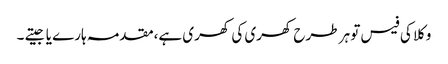
وکلا کی فیس تو ہر طرح کھری کی کھری ہے،مقدمہ ہارے یا جیتے ۔